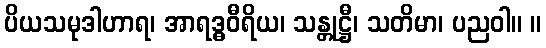
ပိယသမုဒါဟာရ၊ အာရဒ္ဓဝီရိယ၊ သန္တုဋ္ဌီ၊ သတိမာ၊ ပညဝါ။ ။